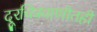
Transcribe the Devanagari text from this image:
दूरचित्रवाणीतही